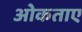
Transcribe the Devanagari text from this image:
ओकताए